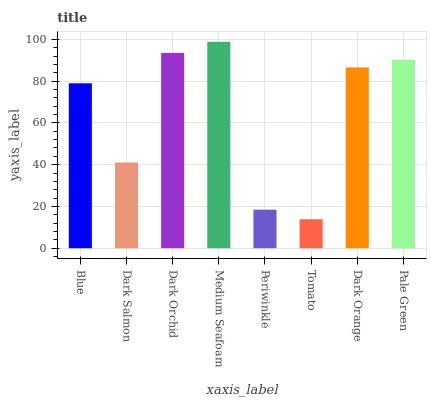
| xaxis_label | bars |
 | --- | --- |
 | Blue | 79 |
 | Dark Salmon | 41 |
 | Dark Orchid | 93.5 |
 | Medium Seafoam | 98.8 |
 | Periwinkle | 18.5 |
 | Tomato | 13.9 |
 | Dark Orange | 86.6 |
 | Pale Green | 90.3 |